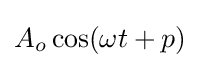
A_{o}\cos(\omega t+p)